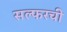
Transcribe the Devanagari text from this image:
सल्फरची